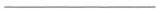
___